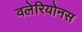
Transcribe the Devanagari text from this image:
वलेरियोनस